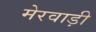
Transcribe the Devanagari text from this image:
मेरवाड़ी